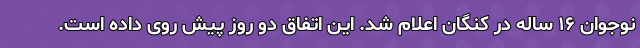
نوجوان ۱۶ ساله در کنگان اعلام شد. این اتفاق دو روز پیش روی داده است.